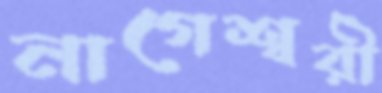
নাগেশ্বরী